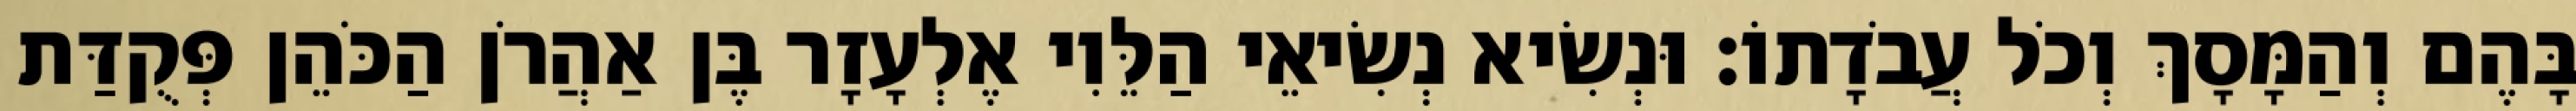
בָּהֶם וְהַמָּסָךְ וְכֹל עֲבֹדָתוֹ׃ וּנְשִׂיא נְשִׂיאֵי הַלֵּוִי אֶלְעָזָר בֶּן אַהֲרֹן הַכֹּהֵן פְּקֻדַּת